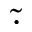
\widetilde { \cdot }